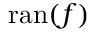
\operatorname { r a n } ( f )